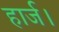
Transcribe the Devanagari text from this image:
हार्ज।